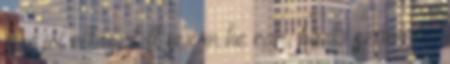
egy jól elkészített sex in he car, bárki számára